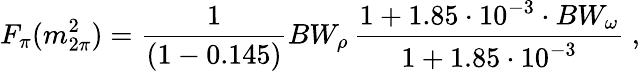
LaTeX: F_{\pi}(m_{2\pi}^{2})=\frac{1}{(1-0.145)}BW_{\rho}\, \frac{1+1.85\cdot 10^{-3}\cdot BW_{\omega}}{1+1.85\cdot 10^{-3}}\ ,